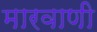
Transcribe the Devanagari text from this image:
मारवाणी